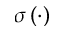
\sigma \left( \cdot \right)